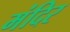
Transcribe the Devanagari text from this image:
मंदिर